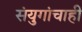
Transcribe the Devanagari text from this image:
संयुगांचाही